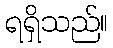
ရရှိသည်။